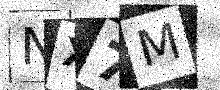
Text: NX7M